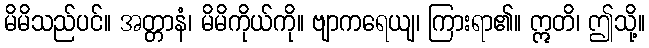
မိမိသည်ပင်။ အတ္တာနံ၊ မိမိကိုယ်ကို။ ဗျာကရေယျ၊ ကြားရာ၏။ ဣတိ၊ ဤသို့။